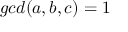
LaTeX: g c d ( a , b , c ) = 1